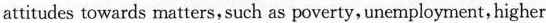
attitudes towards matters, such as poverty, unemployment, higher